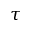
\tau